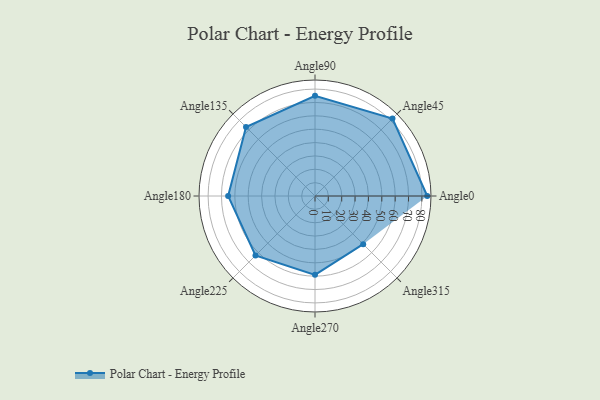
{"axis": {"x": "Angle", "y": "Radius"}, "legend": [""], "data": [{"x": "Angle0", "y": 84.0, "type": ""}, {"x": "Angle45", "y": 82.0, "type": ""}, {"x": "Angle90", "y": 75.0, "type": ""}, {"x": "Angle135", "y": 73.0, "type": ""}, {"x": "Angle180", "y": 65.0, "type": ""}, {"x": "Angle225", "y": 63.0, "type": ""}, {"x": "Angle270", "y": 59.0, "type": ""}, {"x": "Angle315", "y": 51.0, "type": ""}]}